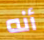
أنه